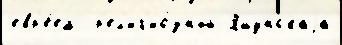
евр'е́ем  р'ел'иг'ио́зный Яшунскаjа